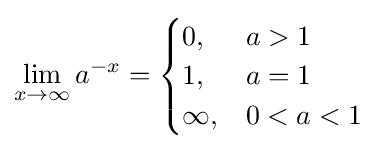
\lim _{x\to \infty }a^{-x}={\begin{cases}0,&a>1\\1,&a=1\\\infty ,&0<a<1\end{cases}}